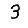
Digit: 3